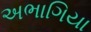
અભાગિયા